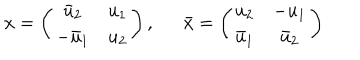
x = \left( \begin{array} { c c } { { \bar { u } _ { 2 } } } & { { u _ { 1 } } } \\ { { - \bar { u } _ { 1 } } } & { { u _ { 2 } } } \\ \end{array} \right) , \bar { x } = \left( \begin{array} { c c } { { u _ { 2 } } } & { { - u _ { 1 } } } \\ { { \bar { u } _ { 1 } } } & { { \bar { u } _ { 2 } } } \\ \end{array} \right)